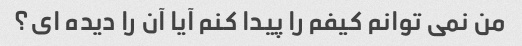
من نمی توانم کیفم را پیدا کنم آیا آن را دیده ای؟